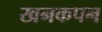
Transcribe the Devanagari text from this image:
खनकपन